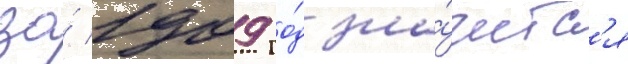
за́ 1909 го́д зна́читс'я